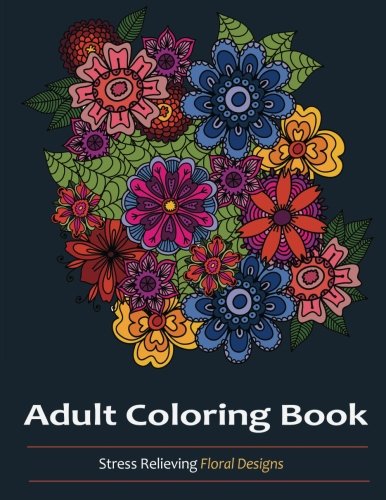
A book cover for Adult Coloring books: A Coloring Book For Adults Featuring Over 30 Beautiful and Unique flower designs; Humor & Entertainment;